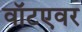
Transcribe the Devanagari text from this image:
वॉटएवर